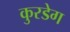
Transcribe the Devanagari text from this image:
कुरडेग